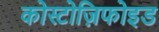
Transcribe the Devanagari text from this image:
कोस्टोज़िफोइड